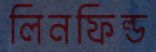
লিনফিল্ড